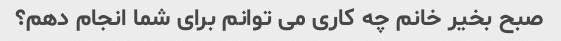
صبح بخیر خانم چه کاری می توانم برای شما انجام دهم؟